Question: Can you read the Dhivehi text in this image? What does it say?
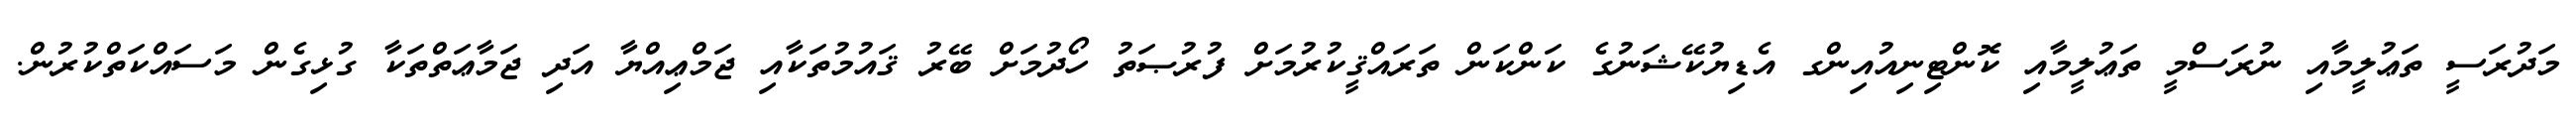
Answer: މަދުރަސީ ތަޢުލީމާއި ނުރަސްމީ ތަޢުލީމާއި ކޮންޓިނިއުއިންގ އެޑިޔުކޭޝަނުގެ ކަންކަން ތަރައްޤީކުރުމަށް ފުރުޞަތު ހޯދުމަށް ބޭރު ޤައުމުތަކާއި ޖަމްޢިއްޔާ އަދި ޖަމާޢަތްތަކާ ގުޅިގެން މަސައްކަތްކުރުން.